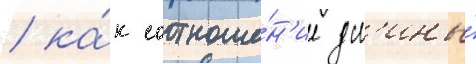
/ ка́к соотноше́н'ие дл'ины́